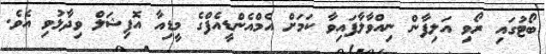
ބޯޓުގައި ރޯވި އަލިފާން ނިއްވާލާފައިވާ ކަމަށް އެމްއެންޑީއެފްގެ މީޑިއާ އޮފިޝަލް ވިދާޅުވި އެވެ.